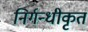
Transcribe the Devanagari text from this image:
निर्गन्धीकृत